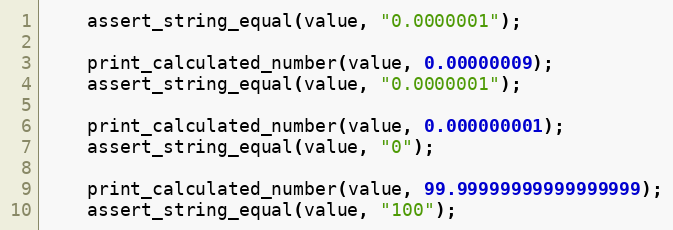
Language: C
    assert_string_equal(value, "0.0000001");

    print_calculated_number(value, 0.00000009);
    assert_string_equal(value, "0.0000001");

    print_calculated_number(value, 0.000000001);
    assert_string_equal(value, "0");

    print_calculated_number(value, 99.99999999999999999);
    assert_string_equal(value, "100");